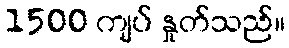
1500 ကျပ် နှုတ်သည်။